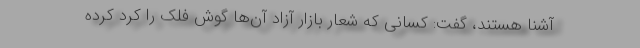
آشنا هستند، گفت: کسانی که شعار بازار آزاد آن‌ها گوش فلک را کرد کرده